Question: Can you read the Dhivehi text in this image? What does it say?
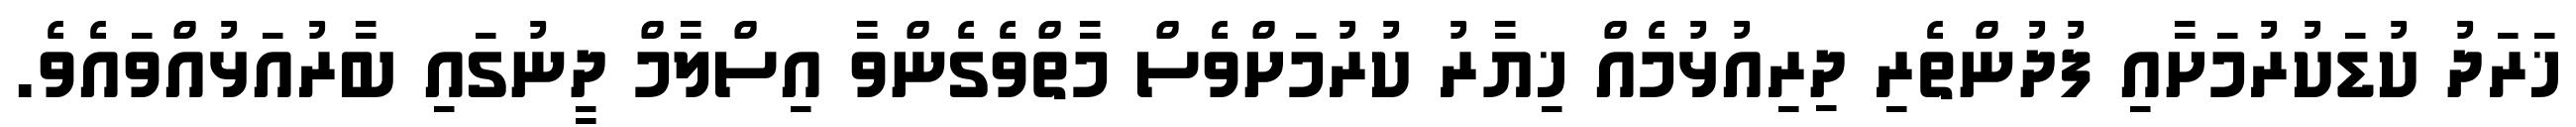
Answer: ޚަރަދު ކުޑަކުރުމަށާއި ފުދުންތެރި ދިރިއުޅުމެއް ޚިޔާރު ކުރުމަށްވެސް މާތްވެގެންވާ އިސްލާމް ދީނުގައި ބާރުއަޅުއްވައެވެ.